Annual administration and progress report of the Indian Medical Department, Bombay
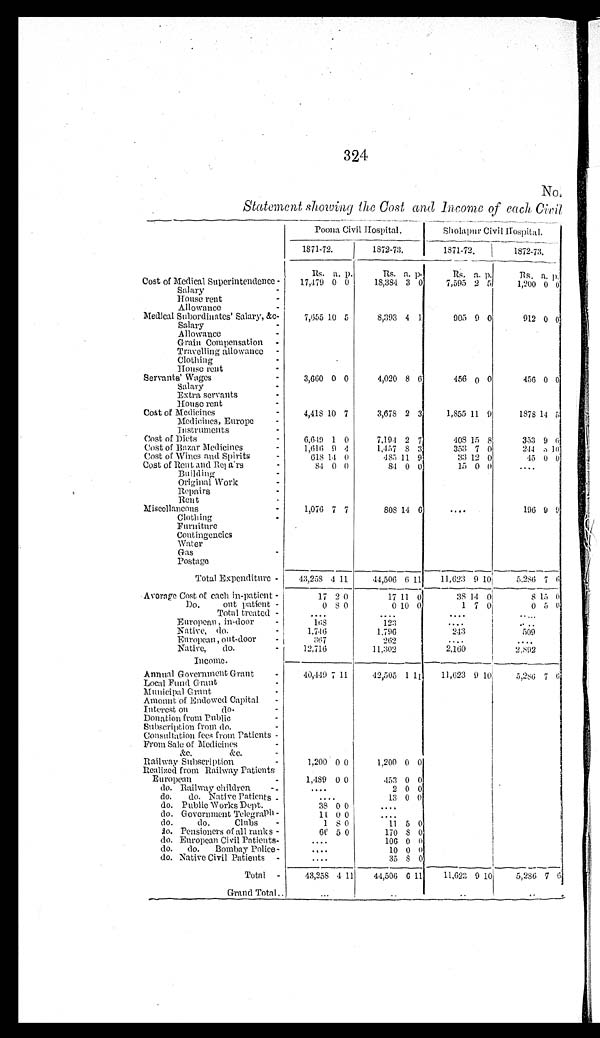
324
No.
Statement showing the Cost and Income of each Civil
Poona Civil Hospital.
Sholapur Civil Hospital.
1871-72.
1 8 7 2 - 7 3 .
1 8 7 1 - 7 2 .
1872-73.
R s . a. p.
R s .a. p.
Rs.
a. p. Rs.
a. p.
Cost of Medical Superintendence -
17,479
0 0
18,384 3 0
7,595 2 5
1,200 0 0
Salary
-
House rent
-
Allowance
-
Medical Subordinates' Salary, &c-
7,655 10
5
8,393
4 1 905
9 0 912
0 0
Salary
-
Allowance-
Grain Compensation
-
Travelling allowance
-
Clothing
-
House rent
-
Servants' Wages-
3 , 6 6 0 0 0
4 , 0 2 08 6 456
0 0 456
0 0
Salary
-
Extra servants
House rent
-
Cost of Medicines-
4 , 4 1 8 1 0 7
3 , 6 7 82 3 1,855
11 9 1878
14 5
Medicines, Europe
-
Instruments
-
Cost of Diets -
6,649
1 0
7 , 1 9 42 7 408
15 8 353
9 6
C o s t o f B a z a r M e d i c i n e s -
1 , 6 1 6 9 4
1 , 4 5 78 3 353
7 0 244
3 10
Cost of Wines and Spirits -
6 1 8 1 4 0
4 8 511 9 33
12 0 45
0 0
Cost of Rent, and Repiars -
8 4 0 0
8 4
0 0 15
0 0 . . .
B u i l d i n g -
Original Work
-
Repairs
Rent
Miscellancous-
1 , 0 7 6 7 7
8 0 814 6 . . .
196
9 9
Clothing -
Furniture
Contingencies
Water
Gas
-
Postage
Total Expenditure-
4 3 , 2 5 84
1 1
4 4 , 5 0 66 11 11,623
9 10 5,286
7 6
Average Cost of each in-patient -
1 7
2
0
1 7
11 0 38
14 0 8
15 0
Do.
out patíent -
0 8
0
0 10 0 1
7 0 0
5 0
Total treated -
. . .
. . .. . .
. . .
European , in-door
-
1 6 8
1 2 3. . .
. . .
Native, do.
-
1 , 7 4 6
1 , 7 9 6243
509
European , out-door
-
3 6 7
2 6 2. . .
. . .
Native,
do.
-
1 2 , 7 1 6
1 1 , 3 0 22,160
2,892
Income.
Annual Government Grant
-
4 0 , 4 4 97
1 1 4 2 , 5 0 51 11 11,623
9 10 5,286
7 6
Local Fund Grant
-
Municipal Grant -
Amount of Endowed Capital
-
Interest on
do.
-
Donation front Public
-
Subscription from do.
-
Consultation fees from Patients -
From Sale of Medicines
&c.
&c.
- R a i l w a y S u b s c r i p t i o n -
1 , 2 0 00 0 1,200
0 0
Realized from Railway Patients
European -
1 , 4 8 9
0 0 453
0 0
do. Railway children -
. . .2
0 0
do. d o .
N a t i v e P a t i e n t s -
. . .13
0 0
do. Public Works Dept.
3 8
0 0 . . .
do. Government Telegraph -
1 1
0 0
. . .
do.
do.
Clubs -
1 8 0
1 1 5 0
do. Pensioners of all ranks -
6 6
5 0
1 7 0 8 0
do. European Civil Patients-
. . .
1 0 6 0 0
do.
do.
Bombay Police -
. . .
1 0 0 0
do. Native Civil Patients - -
. . .
3 5 8 0
Total -
4 3 , 2 5 84 11
4 4 , 5 0 6 6 11 11,623
9 10
5,286
7 6
Grand Total . . .
. . .
. . .
. . .
. . .